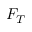
F _ { T }